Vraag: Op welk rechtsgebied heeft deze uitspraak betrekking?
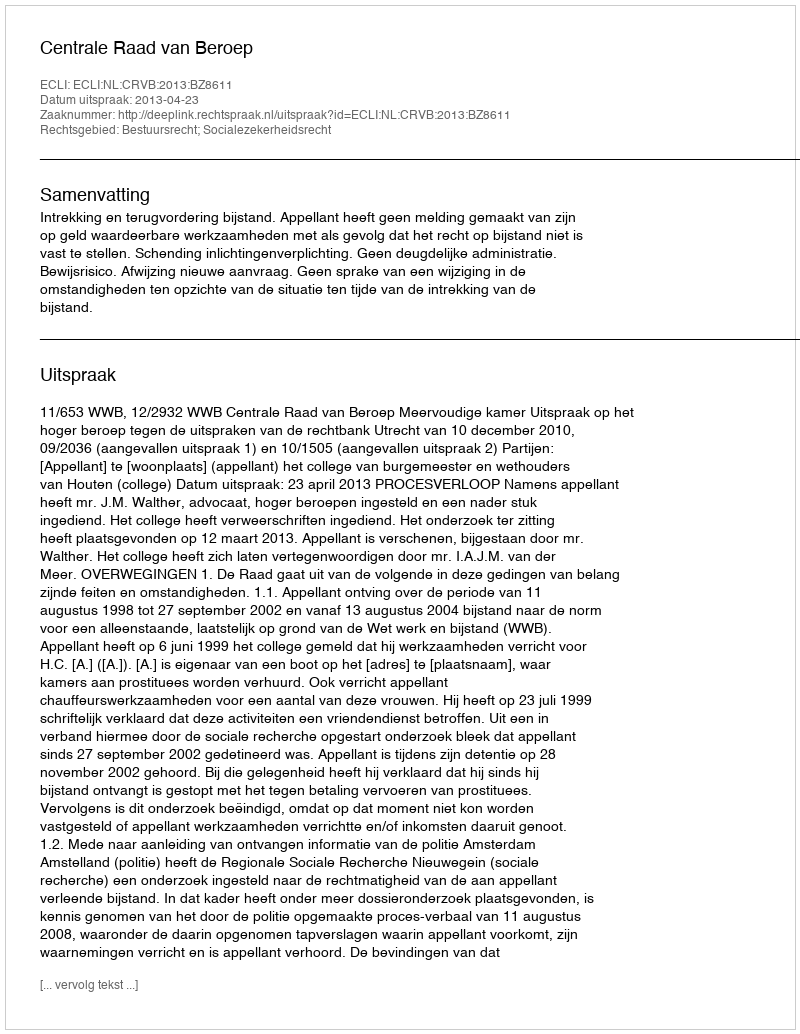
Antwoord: Bestuursrecht; Socialezekerheidsrecht